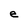
Character: e